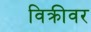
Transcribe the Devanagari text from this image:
विक्रीवर